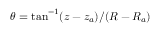
\theta = \tan ^ { - 1 } ( z - z _ { a } ) / ( R - R _ { a } )